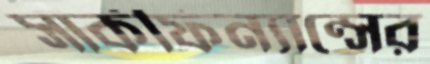
সার্কফিন্যান্সের